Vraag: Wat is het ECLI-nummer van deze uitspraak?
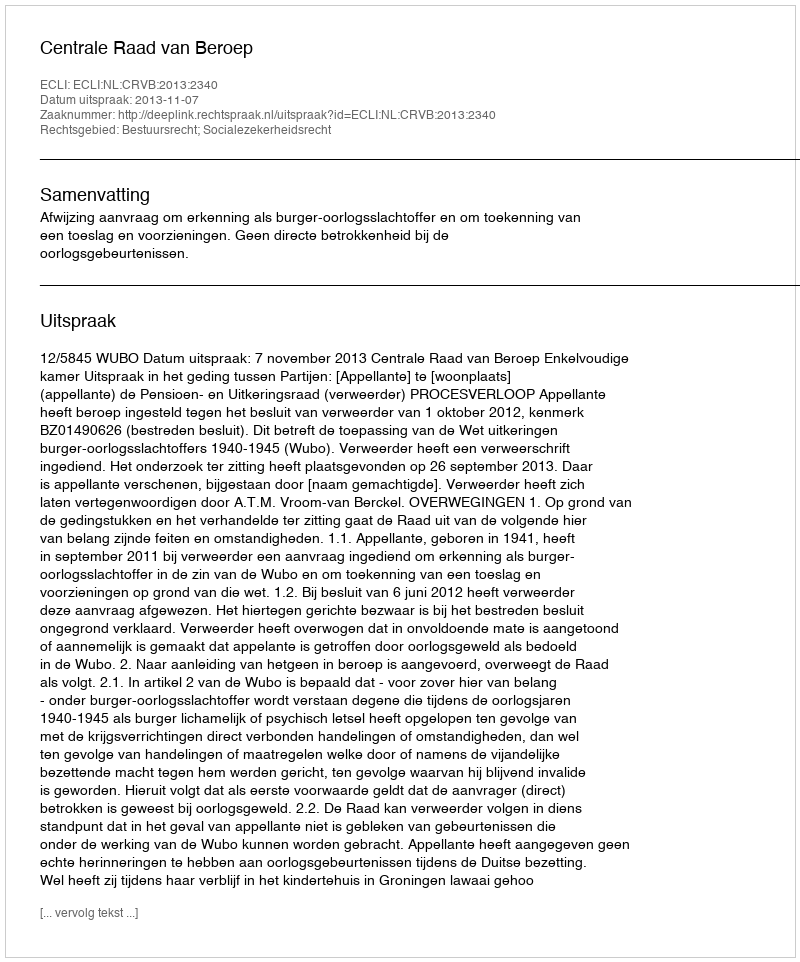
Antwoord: ECLI:NL:CRVB:2013:2340